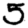
Digit: 5